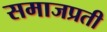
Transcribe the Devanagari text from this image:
समाजप्रती